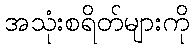
အသုံးစရိတ်များကို